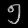
Digit: ၅